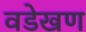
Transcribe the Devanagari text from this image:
वडेखण